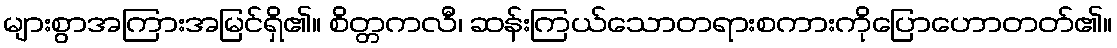
များစွာအကြားအမြင်ရှိ၏။ စိတ္တကလီ၊ ဆန်းကြယ်သောတရားစကားကိုပြောဟောတတ်၏။